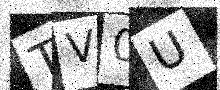
Text: TV0U